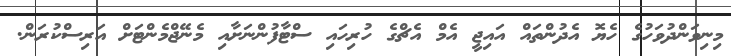
މިނިވަންދުވަހުގެ ހެޔޮ އެދުންތައް އައިޖީ އެމް އެޗްގެ ހުރިހައި ސްޓާފުންނަށާއި މެނޭޖްމެންޓަށް އަރިސްކުރަން.